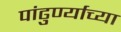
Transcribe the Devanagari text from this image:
पांढुर्ण्याच्या